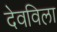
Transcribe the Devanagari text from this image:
देवविला